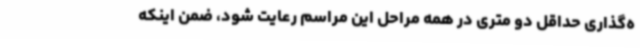
ه‌گذاری حداقل دو متری در همه مراحل این مراسم رعایت شود، ضمن اینکه